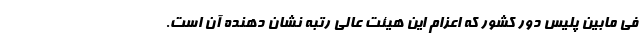
فی مابین پلیس دور کشور که اعزام این هیئت عالی رتبه نشان دهنده آن است.